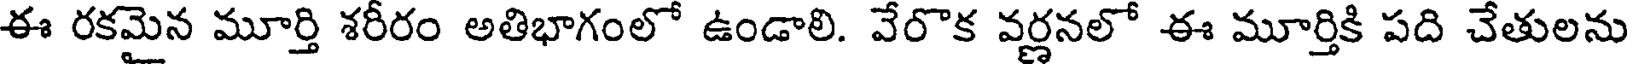
ఈ రకమైన మూర్తి శరీరం అతిభాగంలో ఉండాలి. వేరొక వర్ణనలో ఈ మూర్తికి పది చేతులను